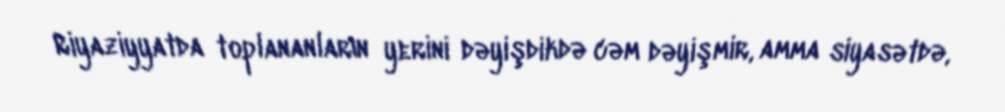
Riyaziyyatda toplananların yerini dəyişdikdə cəm dəyişmir, amma siyasətdə,